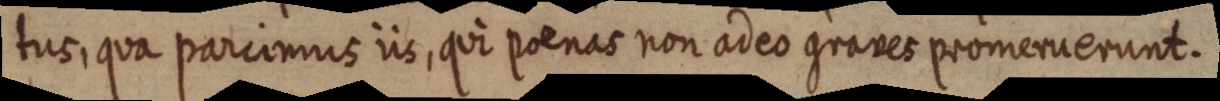
tus, qua parcimus iis, qui poenas non adeo graves promerverunt.